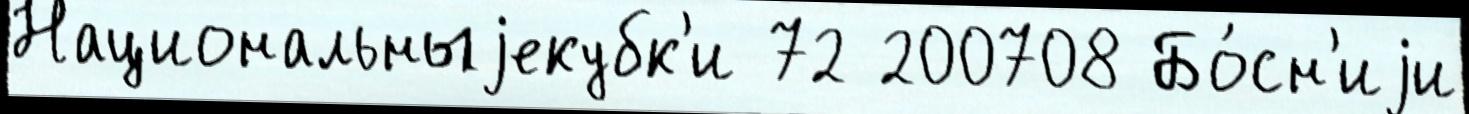
Национальныjекубк'и 72 200708 Бо́сн'иjи